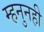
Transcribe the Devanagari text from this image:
म्हनुनही